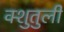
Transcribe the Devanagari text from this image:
क्शुतुली